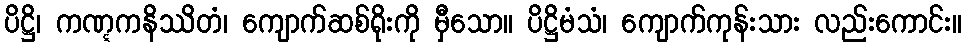
ပိဋ္ဌိ၊ ကဏ္ဋကနိဿိတံ၊ ကျောက်ဆစ်ရိုးကို မှီသော။ ပိဋ္ဌိမံသံ၊ ကျောက်ကုန်းသား လည်းကောင်း။